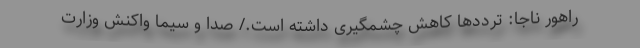
راهور ناجا: ترددها کاهش چشمگیری داشته است./ صدا و سیما واکنش وزارت